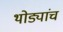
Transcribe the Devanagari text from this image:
थोड्यांच